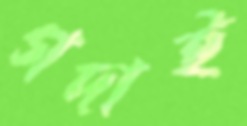
গদাই